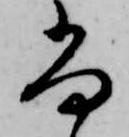
尚